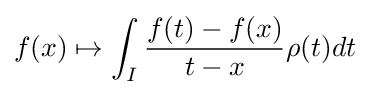
f(x)\mapsto \int _{I}{\frac {f(t)-f(x)}{t-x}}\rho (t)dt